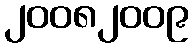
၂၀၀၈၂၀၀၉